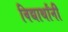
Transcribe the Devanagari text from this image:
विद्यार्थांनी